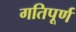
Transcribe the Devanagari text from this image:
गतिपूर्ण